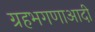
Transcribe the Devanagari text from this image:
ग्रहभगणाआदी